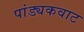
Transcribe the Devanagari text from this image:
पांड्यकवाट